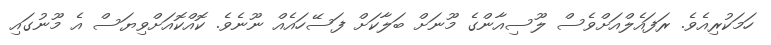
ހަމަކުރިއެވެ. ރަފައެލްއަށްވެސް ލޫސިއާންގެ މޫނަށް ބަލާކަށް ފަސޭހައެއް ނޫނެވެ. ކޮއްކޮއަށްވިޔަސް އެ މޫނުގައި